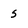
Character: 5